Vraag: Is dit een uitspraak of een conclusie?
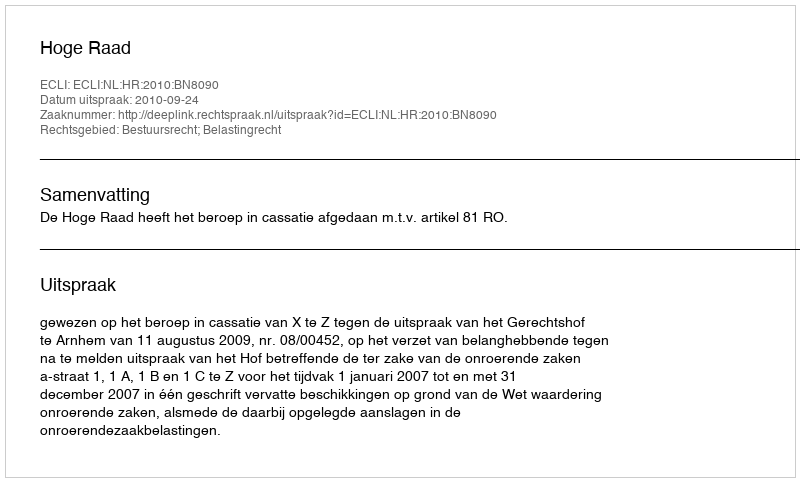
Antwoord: Uitspraak